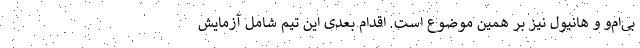
بی‌ام‌و و هانیول نیز بر همین موضوع است. اقدام بعدی این تیم شامل آزمایش